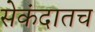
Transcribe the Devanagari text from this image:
सेकंदातच